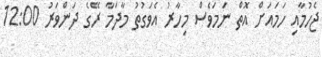
ޖެހުމާއި ހަމައަށް އޮތް ނަމަވެސް މިހާރު އެވަގުތު މާދަމާ ރޭގެ ދަންވަރު 12:00